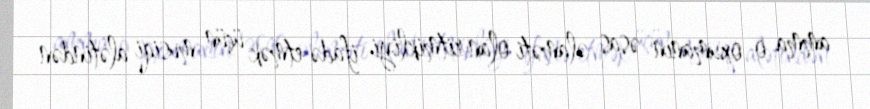
amma o oxumanın əsas əlaməti olan ritmikliyi ifadə etmək üçün musiqi alətindən